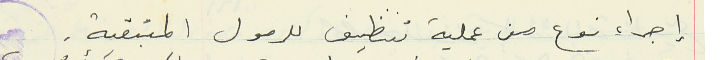
إجراء نوع من عملية تنظيف للرمول المتبقية.